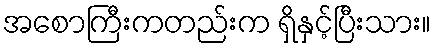
အစောကြီးကတည်းက ရှိနှင့်ပြီးသား။